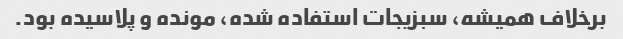
برخلاف همیشه، سبزیجات استفاده شده، مونده و پلاسیده بود.